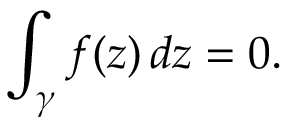
\int _ { \gamma } f ( z ) \, d z = 0 .